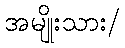
အမျိုးသား/